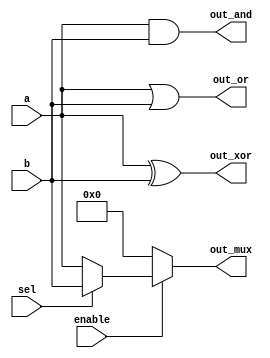
module CLB (
    input wire [3:0] a,          // 4-bit input bus
    input wire [3:0] b,          // 4-bit input bus
    input wire sel,              // Selection signal for multiplexer
    input wire enable,           // Enable signal for control
    output wire [3:0] out_and,   // Output for AND operation
    output wire [3:0] out_or,    // Output for OR operation
    output wire [3:0] out_xor,   // Output for XOR operation
    output wire [3:0] out_mux     // Output for multiplexer
);

// Combinational Logic Operations
assign out_and = a & b;        // AND operation
assign out_or  = a | b;        // OR operation
assign out_xor = a ^ b;        // XOR operation

// Multiplexer Logic
assign out_mux = (enable) ? (sel ? b : a) : 4'b0000; // Select between a and b based on sel

endmodule